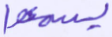
يسمعوا